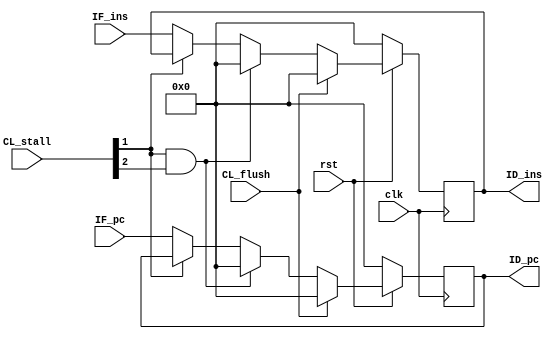
`timescale 1ns / 1ps
//////////////////////////////////////////////////////////////////////////////////
// Company: 
// Engineer: 
// 
// Design Name: 
// Module Name: IF_ID
// Project Name: 
// Target Devices: 
// Tool Versions: 
// Description: 
// 
// Dependencies: 
// 
// Revision:
// Revision 0.01 - File Created
// Additional Comments:
// 
//////////////////////////////////////////////////////////////////////////////////
//
//rst==0,rst==

module IF_ID(
    input clk,
    input rst,
    input wire [5:0] CL_stall,//
    input wire CL_flush,//
    //
    input wire [31:0] IF_pc,//?
    input wire [31:0] IF_ins,//
    //?
    output reg [31:0] ID_pc,
    output reg [31:0] ID_ins
);
//?
always @(posedge clk) begin
    if(rst==1'b0) begin
        ID_pc<=32'b0;
        ID_ins<=32'b0;
    end else if(CL_flush==1'b1) begin
        ID_pc<=32'b0;
        ID_ins<=32'b0;
    end else if (CL_stall[1]==1'b1 && CL_stall[2]==1'b1) begin
        ID_pc<=32'b0;
        ID_ins<=32'b0;
    end else if(CL_stall[1]==1'b0) begin
        ID_pc<=IF_pc;
        ID_ins<=IF_ins;
    end
end
endmodule